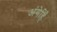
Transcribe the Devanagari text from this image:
अंगेहिँ